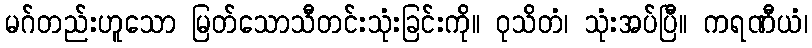
မဂ်တည်းဟူသော မြတ်သောသီတင်းသုံးခြင်းကို။ ဝုသိတံ၊ သုံးအပ်ပြီ။ ကရဏီယံ၊